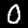
Digit: 0